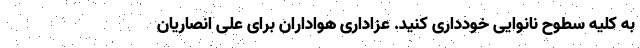
به کلیه سطوح نانوایی خودداری کنید. عزاداری هواداران برای علی انصاریان